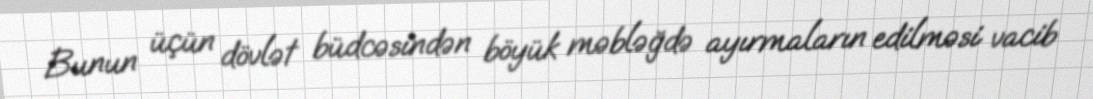
Bunun üçün dövlət büdcəsindən böyük məbləğdə ayırmaların edilməsi vacib